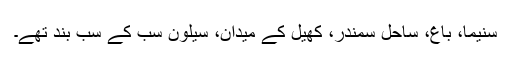
سنیما، باغ، ساحلِ سمندر، کھیل کے میدان، سیلون سب کے سب بند تھے۔